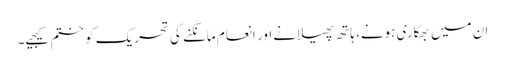
ان میں بھکاری ہونے، ہاتھ پھیلانے اور انعام مانگنے کی تحریک کو ختم کیجیے۔